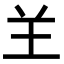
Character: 𦍌